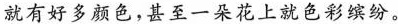
就有好多颜色，甚至一朵花上就色彩缤纷